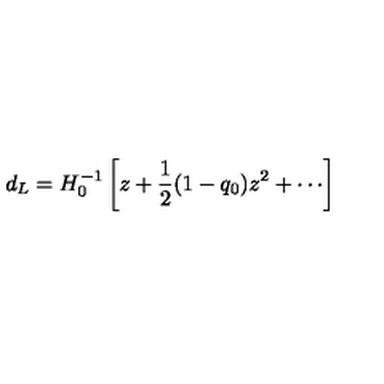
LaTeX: d _ { L } = H _ { 0 } ^ { - 1 } \left[ z + \frac { 1 } { 2 } ( 1 - q _ { 0 } ) z ^ { 2 } + \cdots \right]